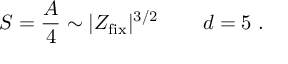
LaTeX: S = { \frac { A } { 4 } } \sim | Z _ { \mathrm { f i x } } | ^ { 3 / 2 } \, \qquad d = 5 \ .